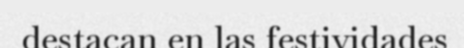
destacan en las festividades